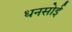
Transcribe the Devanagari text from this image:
धनसोई